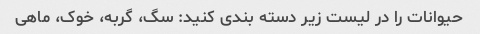
حیوانات را در لیست زیر دسته بندی کنید: سگ، گربه، خوک، ماهی